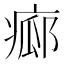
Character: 𤷸